Annual statistical returns and brief notes on vaccination in Bengal - 1909-1929
Year: 1909
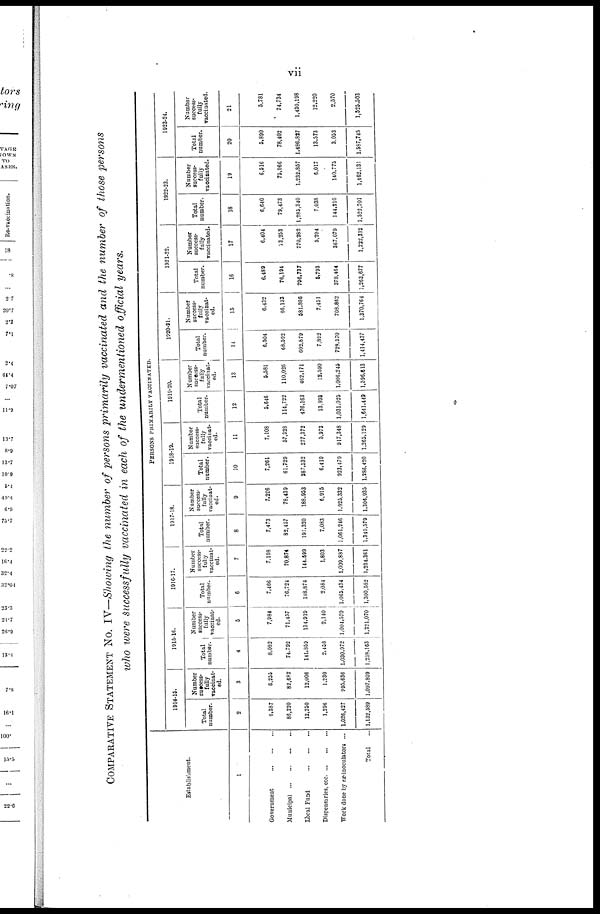
vii
COMPARATIVE STATEMENT No. IV—Showing the number of persons primarily vaccinated and the number of those persons
who were successfully vaccinated in each of the undermentioned official years.
Establishment.
1
Government ... ... ... ...
Municipal...
...
...
...
Local Fund... ... ... ...
Dispensaries, etc...
...
...
Work done by ex-inoculators ...
Total...
PERSONS PRIMARILY VACCINATED.
1914-15.
Total
number.
2
6,387
86,220
12,250
1,296
1,026,427
1,132,589
Number
success-
fully
vaccinat-
ed.
3
6,255
82,682
12,006
1,230
995,636
1,097,809
1915-16.
Total
number.
4
8,082
74,792
141,859
2,458
1,030,972
1,258,163
Number
success-
fully
vaccinat-
ed.
5
7,984
71,457
134,919
2,140
1,004,570
1,221,070
1916-17.
Total
number.
6
7,466
76,724
148,874
2,084
1,065,434
1,300,582
Number
success-
fully
vaccinat-
ed.
7
7,198
70,874
144,599
1,803
1,009,887
1,234,361
1917-18.
Total
number.
8
7,473
82,457
191,320
7,083
1,061,246
1,349,579
Number
success-
fully
vaccinat-
ed.
9
7,296
78,439
188,953
6,915
1,025,332
1,306,935
1918-19.
Total
number.
10
7,261
61,729
287,532
6,419
923,479
1,286,420
Number
success-
fully
vaccinat-
ed.
11
7,108
57,323
277,372
5,973
917,348
1,265,129
1919-20.
Total
number-
12
5,646
114,722
476,163
13,893
1,031,025
1,641,449
Number
success-
fully
vaccinat-
ed.
13
5,581
110,026
462,171
12,590
1,006,245
1,596,613
1920-21.
Total
number.
14
6,504
68,592
602,879
7,892
728,570
1,414,437
Number
success-
fully
vaccinat-
ed.
15
6,432
66,133
581,886
7,451
708,862
1,370,764
1921-22.
Total
number.
16
6,489
76,194
796,737
5,793
378,464
1,263,677
Number
success-
fully
vaccinated.
17
6,404
73,253
770,282
5,294
367,079
1,222,312
1922-23.
Total
number.
18
6,640
79,473
1,285,340
7,038
144,210
1,522,701
Number
success-
fully
vaccinated.
19
6,516
75,966
1,232,857
6,017
140,775
1,462,131
1923-24.
Total
number.
20
5,890
78,402
1,486,827
13,573
3,053
1,537,745
Number
success-
fully
vaccinated.
21
5,781
74,734
1,430,198
12,220
2,570
1,525,503